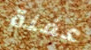
عفنة